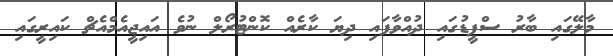
މާލޭގައި ބާރު ސްޕީޑުގައި ދުއްވާފައި ދިޔަ ކާރެއް ކޮންޓުރޯލް ނުވެ އައިޖީއެމްއެޗް ކައިރީގައި